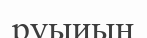
руыиың